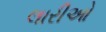
લારીઓ